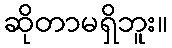
ဆိုတာမရှိဘူး။